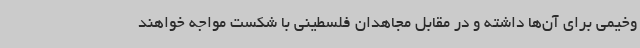
وخیمی برای آن‌ها داشته و در مقابل مجاهدان فلسطینی با شکست مواجه خواهند